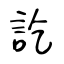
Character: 訖